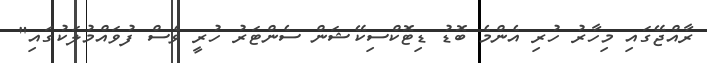
ރާއްޖޭގައި މިހާރު ހުރި އެންމެ ބޮޑު ޑިޓޮކްސިކޭޝަން ސެންޓަރު ހުރީ ވެސް ފުވައްމުލަކުގައި"